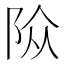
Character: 𨹊